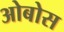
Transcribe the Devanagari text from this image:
ओबोस